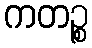
ကတဉ္စ